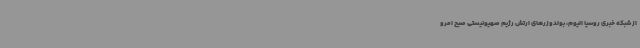
از شبکه خبری روسیا الیوم، بولدوزرهای ارتش رژیم صهیونیستی صبح امرو